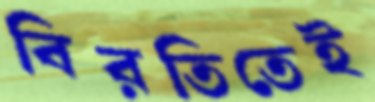
বিরতিতেই